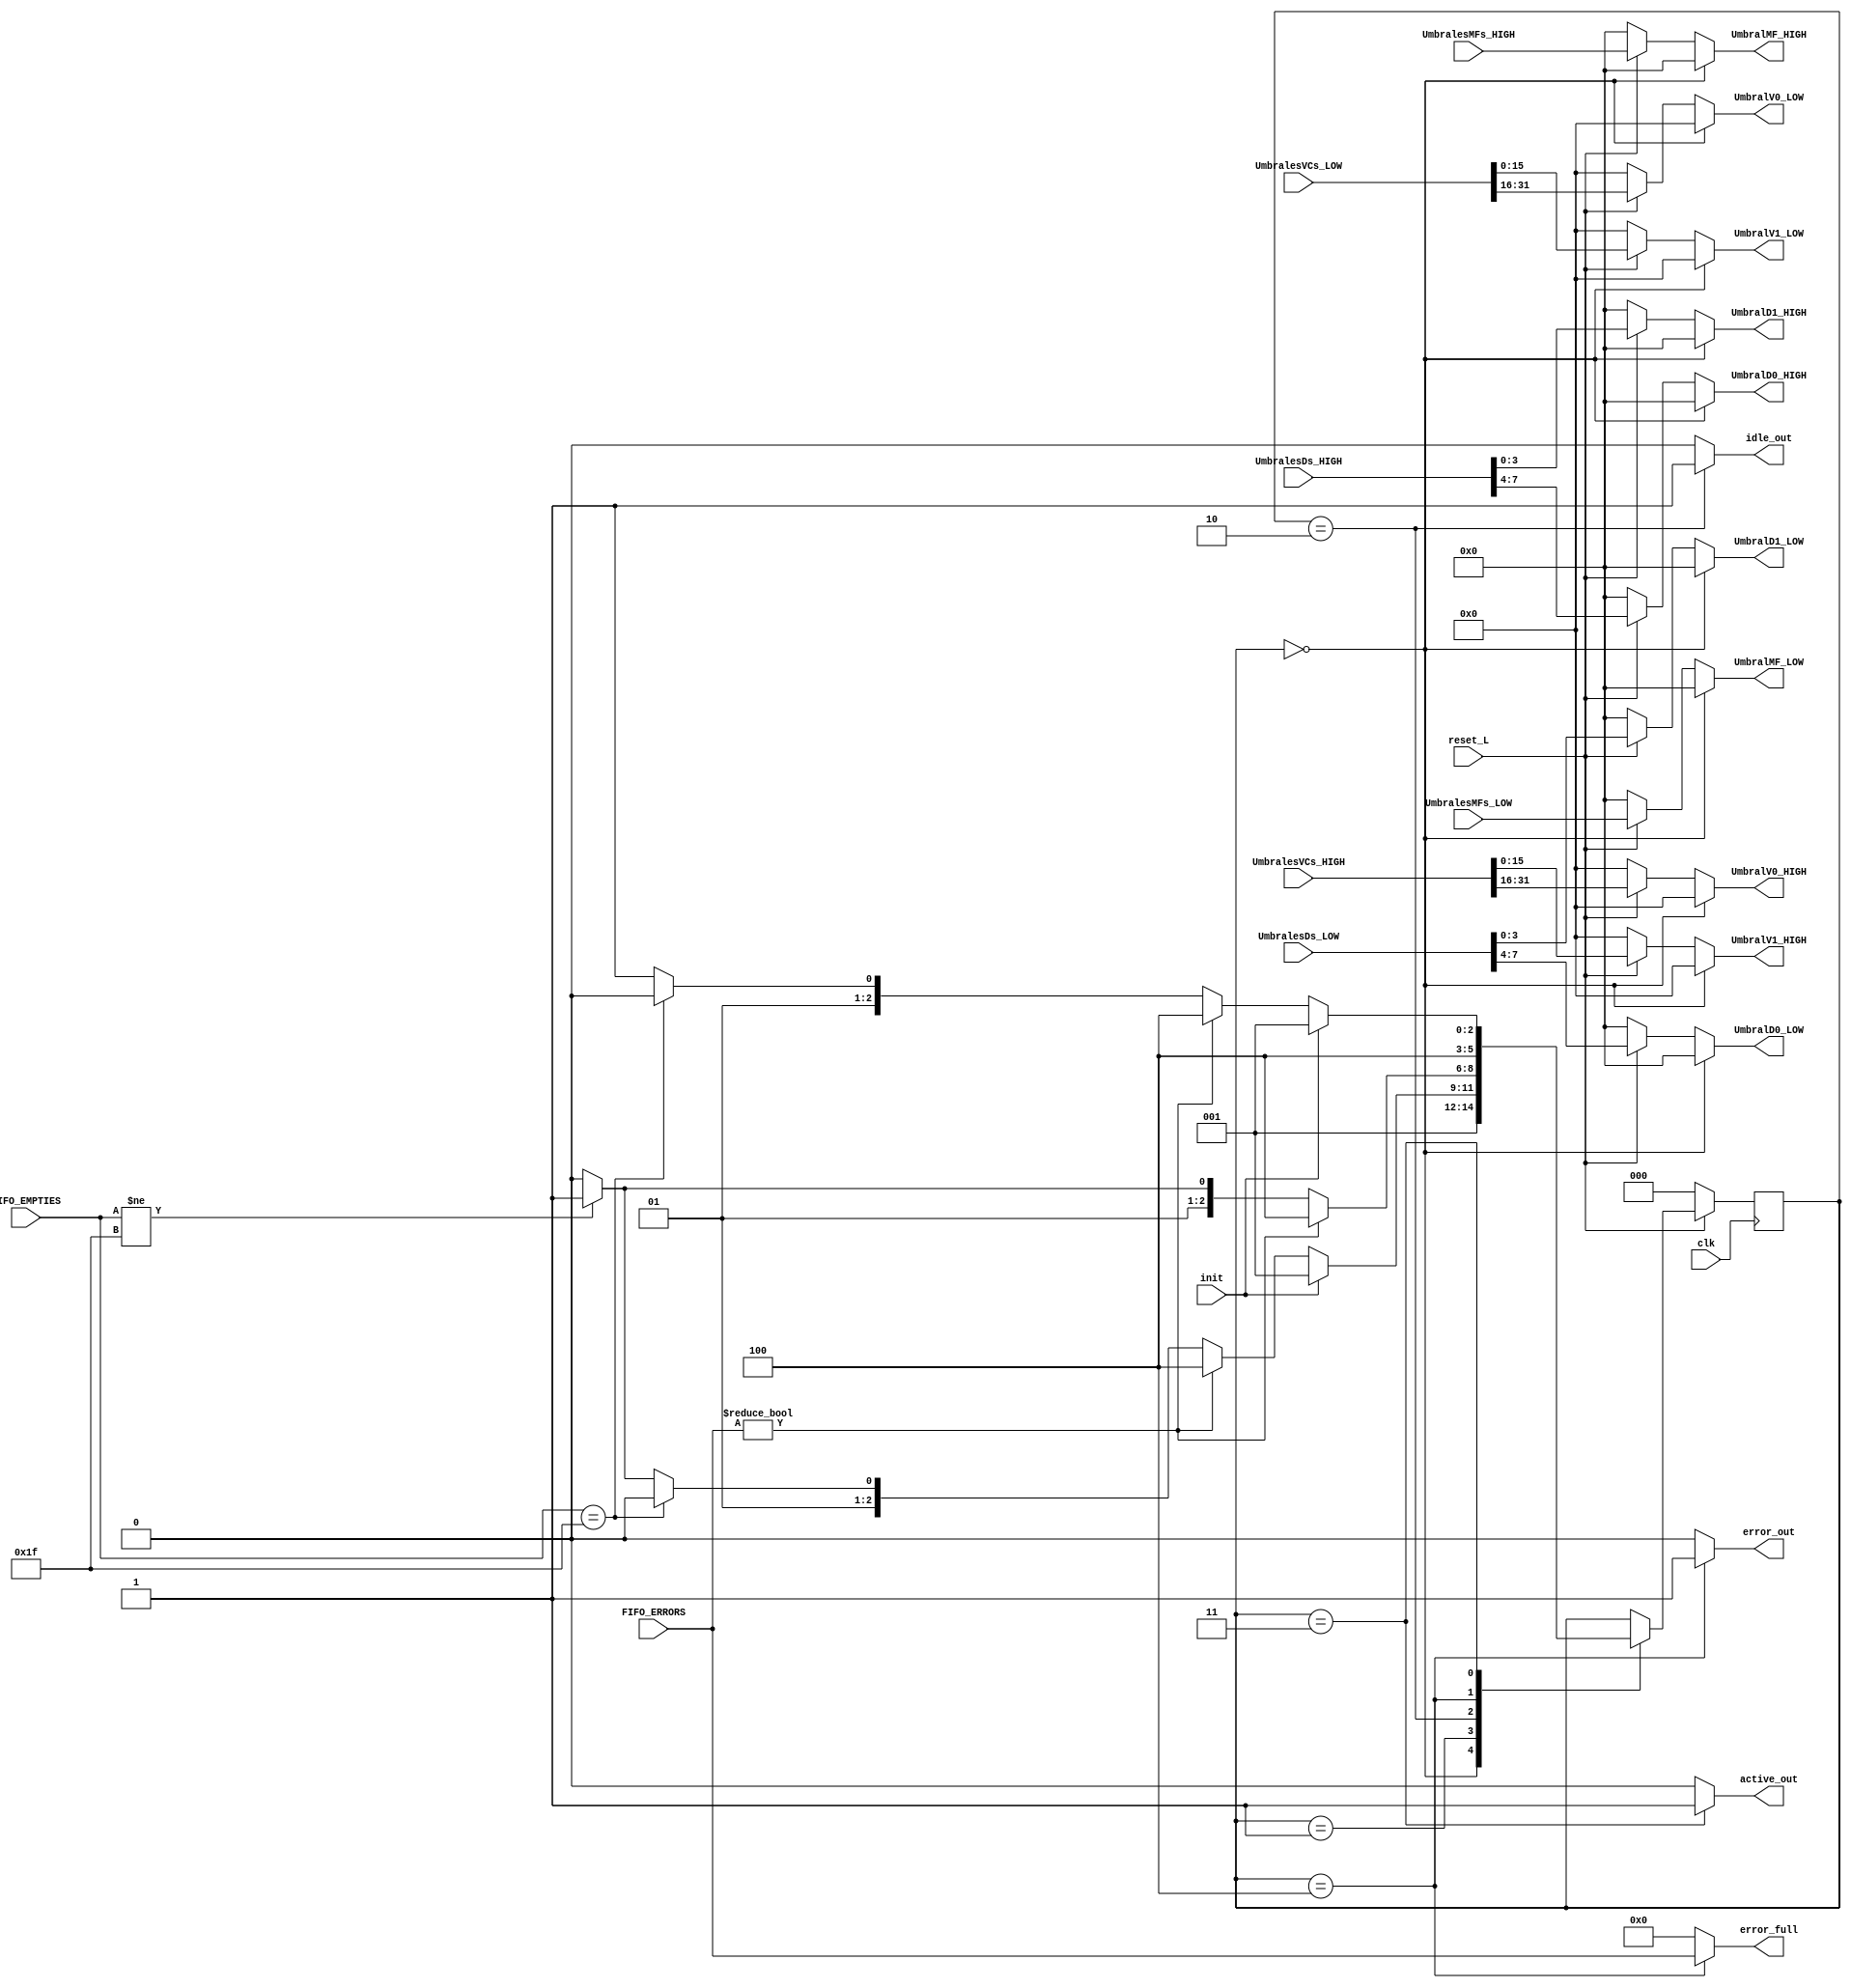
module maquina_estados_cond
   (//ENTRADAS   
    input clk,
    input init,
    //MF
    input [3:0] UmbralesMFs_HIGH,
    input [3:0] UmbralesMFs_LOW,
    //VF
    input [31:0] UmbralesVCs_HIGH,
    input [31:0] UmbralesVCs_LOW,
    //DF
    input [7:0] UmbralesDs_HIGH,
    input [7:0] UmbralesDs_LOW,
	input reset_L,
	input [4:0] FIFO_EMPTIES,
    input [4:0] FIFO_ERRORS,
    //SALIDAS
	output reg error_out,
    output reg active_out,
    output reg idle_out,
    //MF
    output reg [3:0] UmbralMF_HIGH,
    output reg [3:0] UmbralMF_LOW,
    //VF
    output reg [15:0] UmbralV0_HIGH,
    output reg [15:0] UmbralV0_LOW,
    output reg [15:0] UmbralV1_HIGH,
    output reg [15:0] UmbralV1_LOW,
    //DF
    output reg [3:0] UmbralD0_HIGH,
    output reg [3:0] UmbralD0_LOW,
    output reg [3:0] UmbralD1_HIGH,
    output reg [3:0] UmbralD1_LOW,
    output reg [4:0] error_full);






//Maquinas de estados


reg [2:0] estado;
reg [2:0] estado_prox;
//MF
reg [3:0] UmbralMF_HIGH_intern;
reg [3:0] UmbralMF_LOW_intern;
//VF
reg [15:0] UmbralV0_HIGH_intern;
reg [15:0] UmbralV0_LOW_intern;
reg [15:0] UmbralV1_HIGH_intern;
reg [15:0] UmbralV1_LOW_intern;
//DF
reg [3:0] UmbralD0_HIGH_intern;
reg [3:0] UmbralD0_LOW_intern;
reg [3:0] UmbralD1_HIGH_intern;
reg [3:0] UmbralD1_LOW_intern;
//Estados
parameter RESET_L = 0;
parameter INIT = 1;
parameter IDLE = 2;
parameter ACTIVE = 3;
parameter ERROR = 4;






always @(posedge clk) begin
    if(reset_L==0) begin
        estado <= RESET_L;
    end
    else begin 
        estado<=estado_prox;
    end
end

always @(*) begin
    estado_prox=estado;
    error_out=0;
    active_out=0;
    idle_out=0;
    error_full=0;
    //MF
    UmbralMF_HIGH_intern=UmbralesMFs_HIGH;
    UmbralMF_LOW_intern=UmbralesMFs_LOW;
    //VF
    UmbralV0_HIGH_intern=UmbralesVCs_HIGH[31:16];
    UmbralV0_LOW_intern=UmbralesVCs_LOW[31:16];
    UmbralV1_HIGH_intern=UmbralesVCs_HIGH[15:0];
    UmbralV1_LOW_intern=UmbralesVCs_LOW[15:0];
    //DF
    UmbralD0_HIGH_intern=UmbralesDs_HIGH[7:4];
    UmbralD0_LOW_intern=UmbralesDs_LOW[7:4];
    UmbralD1_HIGH_intern=UmbralesDs_HIGH[3:0];
    UmbralD1_LOW_intern=UmbralesDs_LOW[3:0];
    if(reset_L==0)begin
    UmbralMF_HIGH=0;
    UmbralMF_LOW=0;
    UmbralV0_HIGH=0;
    UmbralV0_LOW=0;
    UmbralV1_HIGH=0;
    UmbralV1_LOW=0;
    UmbralD0_HIGH=0;
    UmbralD0_LOW=0;
    UmbralD1_HIGH=0;
    UmbralD1_LOW=0;
    end else begin
    UmbralMF_HIGH=UmbralMF_HIGH_intern;
    UmbralMF_LOW=UmbralMF_LOW_intern;
    UmbralV0_HIGH=UmbralV0_HIGH_intern;
    UmbralV0_LOW=UmbralV0_LOW_intern;
    UmbralV1_HIGH=UmbralV1_HIGH_intern;
    UmbralV1_LOW=UmbralV1_LOW_intern;
    UmbralD0_HIGH=UmbralD0_HIGH_intern;
    UmbralD0_LOW=UmbralD0_LOW_intern;
    UmbralD1_HIGH=UmbralD1_HIGH_intern;
    UmbralD1_LOW=UmbralD1_LOW_intern;
    end
    case (estado)
        RESET_L: begin
            active_out=0;
            error_out=0;
            idle_out=0;
            error_full=0;
            UmbralMF_HIGH=0;
            UmbralMF_LOW=0;
            UmbralV0_HIGH=0;
            UmbralV0_LOW=0;
            UmbralV1_HIGH=0;
            UmbralV1_LOW=0;
            UmbralD0_HIGH=0;
            UmbralD0_LOW=0;
            UmbralD1_HIGH=0;
            UmbralD1_LOW=0;
            if(reset_L==0)begin
                if(init==1)
                estado_prox=INIT;
            end else
                estado_prox=INIT;
        end
        INIT: begin
            error_out=0;
            idle_out=0;
            active_out=0;
            error_full=0;
            UmbralMF_HIGH_intern=UmbralesMFs_HIGH;
            UmbralMF_LOW_intern=UmbralesMFs_LOW;
            UmbralV0_HIGH_intern=UmbralesVCs_HIGH[31:16];
            UmbralV0_LOW_intern=UmbralesVCs_LOW[31:16];
            UmbralV1_HIGH_intern=UmbralesVCs_HIGH[15:0];
            UmbralV1_LOW_intern=UmbralesVCs_LOW[15:0];
            UmbralD0_HIGH_intern=UmbralesDs_HIGH[7:4];
            UmbralD0_LOW_intern=UmbralesDs_LOW[7:4];
            UmbralD1_HIGH_intern=UmbralesDs_HIGH[3:0];
            UmbralD1_LOW_intern=UmbralesDs_LOW[3:0];
            if(reset_L==0)
                estado_prox=RESET_L;
            else if(init==1)
                estado_prox=INIT;
            else if(FIFO_ERRORS!=5'b000000)
                estado_prox=ERROR;
            else if(FIFO_EMPTIES==5'b11111)
                estado_prox= IDLE;
            else if(FIFO_EMPTIES!=5'b11111)
                estado_prox= ACTIVE;    
            else
                estado_prox = IDLE;
        end
        IDLE: begin
            error_out=0;
            idle_out=1;
            active_out=0;
            error_full=0;
            if(reset_L==0)
                estado_prox=RESET_L;
            else if(FIFO_ERRORS!=5'b00000)
                estado_prox=ERROR;
            else if(FIFO_EMPTIES!=5'b11111)
                estado_prox=ACTIVE;
            else
                estado_prox=IDLE;
        end

        ERROR: begin
            idle_out=0;
            error_out=1;
            active_out=0;
            error_full= FIFO_ERRORS;
            if(reset_L==0)
                estado_prox=RESET_L;
            else 
                estado_prox=ERROR;
           
        end

        ACTIVE: begin
            error_out=0;
            idle_out=0;
            active_out=1;
            if(reset_L==0)
                estado_prox=RESET_L;
            else if(init==1)
                estado_prox=INIT;
            else if(FIFO_ERRORS!=5'b00000)
                estado_prox=ERROR;
            else if(FIFO_EMPTIES==5'b11111)
                estado_prox= IDLE;
            else
                estado_prox=ACTIVE;
        
        end
    
    endcase

end

endmodule